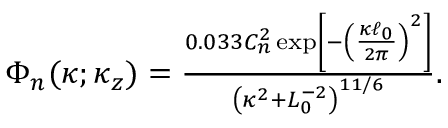
\begin{array} { r } { \Phi _ { n } ( \boldsymbol { \kappa } ; \kappa _ { z } ) = \frac { 0 . 0 3 3 C _ { n } ^ { 2 } \exp \left[ - \left( \frac { \kappa \ell _ { 0 } } { 2 \pi } \right) ^ { 2 } \right] } { \left( \kappa ^ { 2 } + L _ { 0 } ^ { - 2 } \right) ^ { 1 1 / 6 } } . } \end{array}